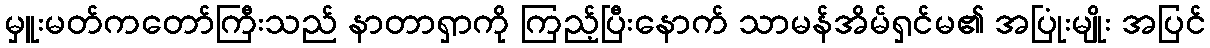
မှူးမတ်ကတော်ကြီးသည် နာတာရှာကို ကြည့်ပြီးနောက် သာမန်အိမ်ရှင်မ၏ အပြုံးမျိုး အပြင်